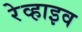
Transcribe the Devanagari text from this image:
रेव्हाइव